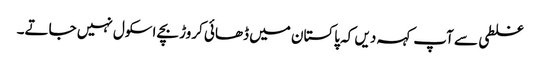
غلطی سے آپ کہہ دیں کہ پاکستان میں ڈھائی کروڑ بچے اسکول نہیں جاتے۔